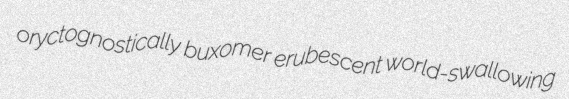
oryctognostically buxomer erubescent world-swallowing